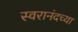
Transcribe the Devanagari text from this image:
स्वरानंदच्या